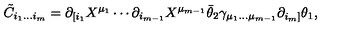
\tilde { C } _ { i _ { 1 } \ldots i _ { m } } = \partial _ { [ i _ { 1 } } X ^ { \mu _ { 1 } } \cdots \partial _ { i _ { m - 1 } } X ^ { \mu _ { m - 1 } } \bar { \theta } _ { 2 } \gamma _ { \mu _ { 1 } \ldots \mu _ { m - 1 } } \partial _ { i _ { m } ] } \theta _ { 1 } ,